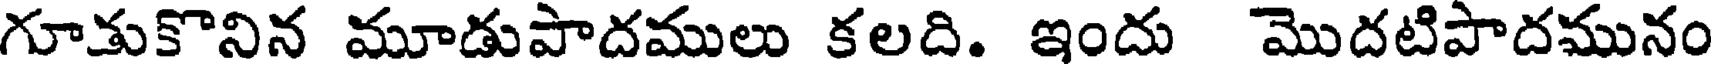
గూతుకొనిన మూడుపాదములు కలది. ఇందు మొదటిపాదమునం